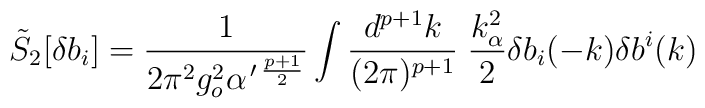
\tilde{S}_2[\delta b_i]=\frac{1}{2\pi^2g_o^2\alpha^{\,\prime\,\frac{p+1}{2}}}\int\frac{d^{p+1}k}{(2\pi)^{p+1}}\;\frac{k_{\alpha}^2}{2}\delta b_i(-k)\delta b^i(k)